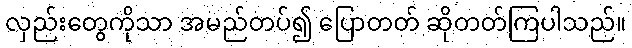
လှည်းတွေကိုသာ အမည်တပ်၍ ပြောတတ် ဆိုတတ်ကြပါသည်။